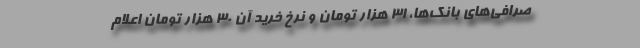
صرافی‌های بانک‌ها، ۳۱ هزار تومان و نرخ خرید آن ۳۰ هزار تومان اعلام